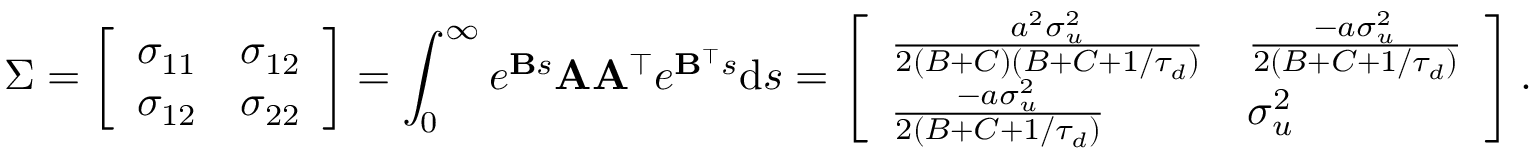
\Sigma = \left[ \begin{array} { l l } { \sigma _ { 1 1 } } & { \sigma _ { 1 2 } } \\ { \sigma _ { 1 2 } } & { \sigma _ { 2 2 } } \end{array} \right] = \int _ { 0 } ^ { \infty } e ^ { \mathbf { B } s } \mathbf { A } \mathbf { A } ^ { \top } e ^ { \mathbf { B } ^ { \top } s } \mathrm { d } s = \left[ \begin{array} { l l } { \frac { a ^ { 2 } \sigma _ { u } ^ { 2 } } { 2 ( B + C ) ( B + C + 1 / \tau _ { d } ) } } & { \frac { - a \sigma _ { u } ^ { 2 } } { 2 ( B + C + 1 / \tau _ { d } ) } } \\ { \frac { - a \sigma _ { u } ^ { 2 } } { 2 ( B + C + 1 / \tau _ { d } ) } } & { \sigma _ { u } ^ { 2 } } \end{array} \right] .